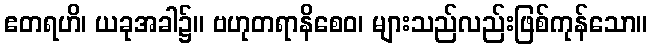
ဧတရဟိ၊ ယခုအခါ၌။ ဗဟုတရာနိစေဝ၊ များသည်လည်းဖြစ်ကုန်သော။